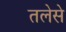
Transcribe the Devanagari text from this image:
तलेसे